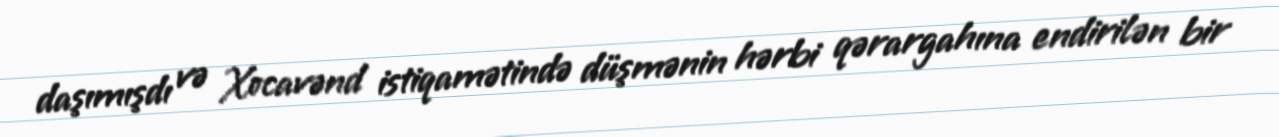
daşımışdı və Xocavənd istiqamətində düşmənin hərbi qərargahına endirilən bir